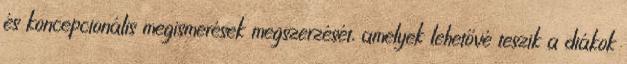
és koncepcionális megismerések megszerzését, amelyek lehetővé teszik a diákok